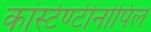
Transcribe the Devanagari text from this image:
कांस्टेण्टीनोपिल